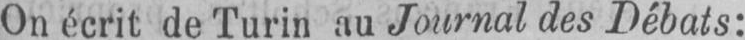
On écrit de Turin au Journal des Débats: